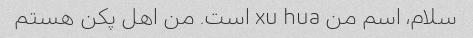
سلام، اسم من xu hua است. من اهل پکن هستم